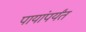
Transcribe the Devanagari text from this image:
पायांपर्यंत